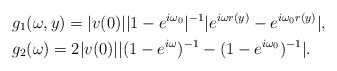
\begin{align*}& g_1(\omega,y) = |v(0)||1-e^{i\omega_0}|^{-1} |e^{i\omega r(y)}-e^{i\omega_0 r(y)}|, \\& g_2(\omega) =2|v(0)||(1-e^{i\omega})^{-1}-(1-e^{i\omega_0})^{-1}|.\end{align*}